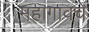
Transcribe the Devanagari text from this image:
महागावचे